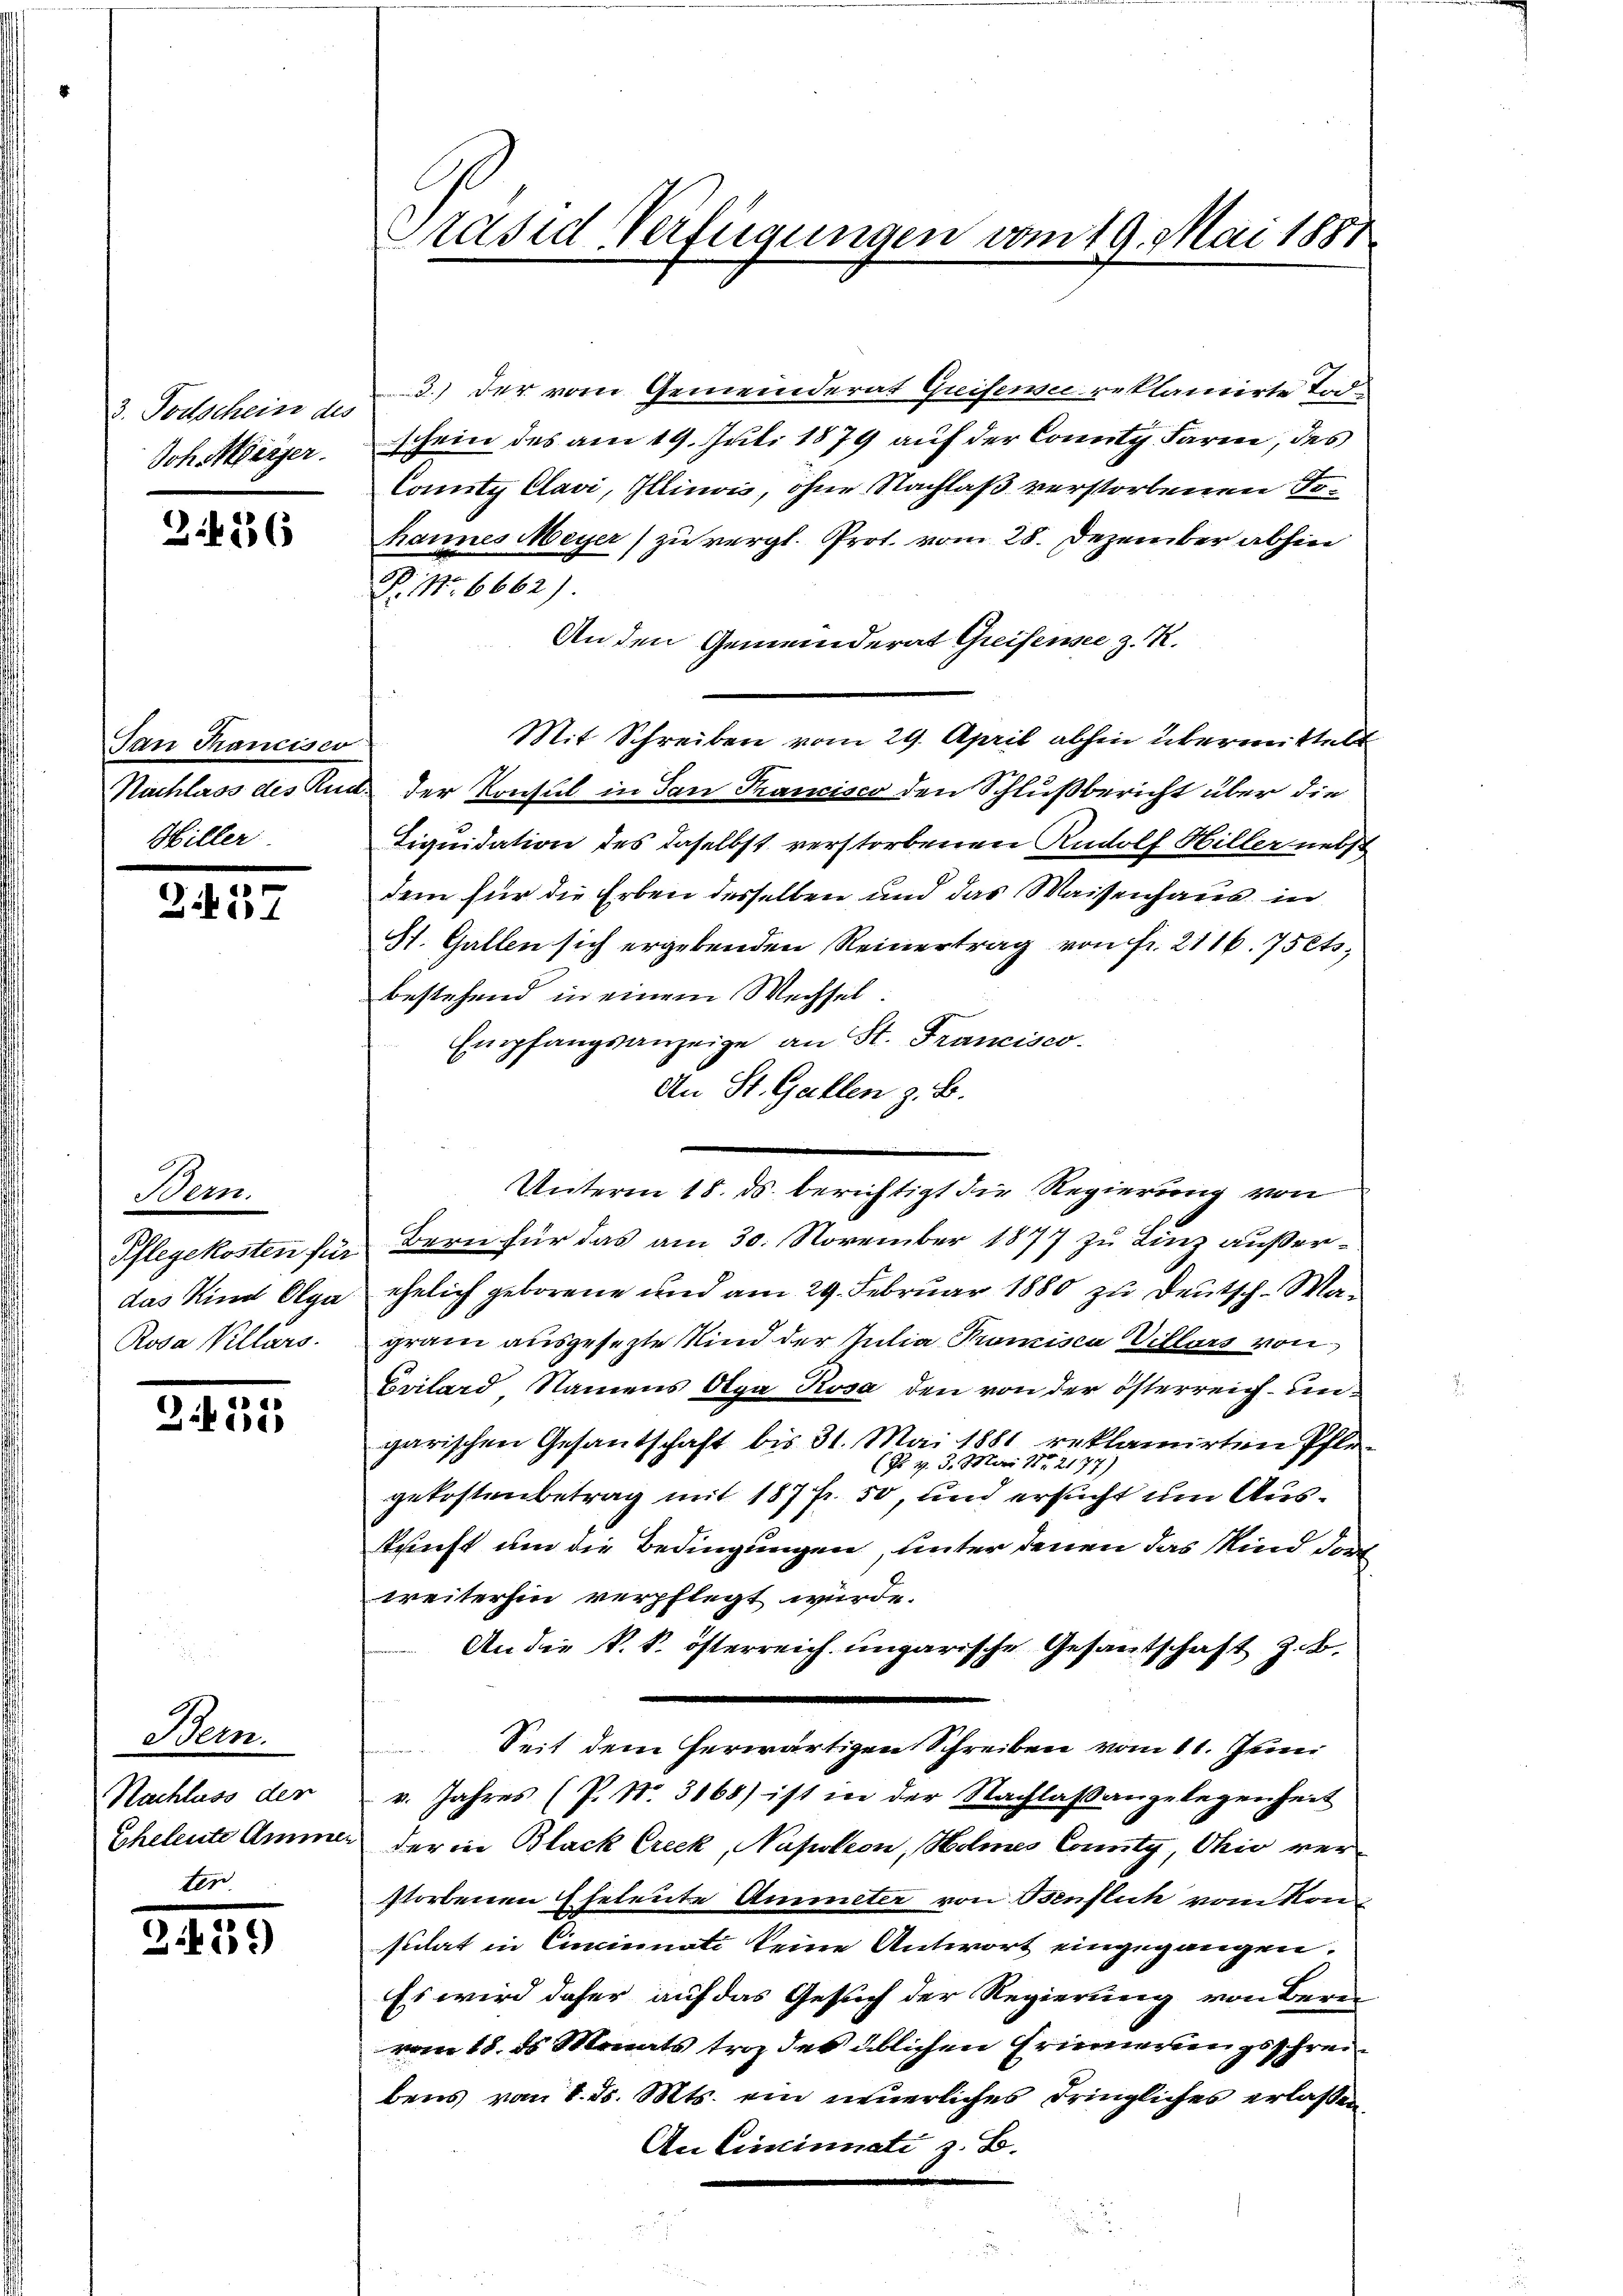
so Parteterie der
Joh Herger.

3.456

Pan Tancisco
Hiller.

.
3.1

Bern.
das Kind Olga
Rosa Kellars.

2.135

Bem.
Nachluss der
Eheleute Ammer

.

Präsid Verfügungen vom 19. Mai 1881

3.) Der vom Gemeinderat Greifensee reklamirte Ind
schein des am 19. Juli 1879 auf der Comit Farm, des
County Clavi, Illinois, ohne Nachlaß verstorbenen Tohannes Meyer) zu vergl. Prof. vom 28. Dezember abhin
P. Nr. 6662)
An den Gemeinderat Greifensee z. R.
Mit Schreiben vom 29. April abhin übermittelt
Nachlass des Rud. der Konsul in den Trancisco den Schlußbericht über die
Liquidation des daselbst verstorbenen Rudolf Hiller nebst
dem für die Erben desselben und das Waisenhaus in
St. Gallen sich ergebenden Reinertrag von Fr. 2116. 75ets.
bestehend in einem Wechsel.
Empfangsanzeige an St. Francisco
An St. Gallen z. B.
Pflegekosten für Bern für das am 30. November 1877 zu Linz außerehelich geborene und am 29. Februar 1880 zu Deutsch-Magram ausgesezte Kind der Julia, Tramisca Villars von
Erilard, Namens Olga Rosa den von der österreich ungarischen Gesantschaft bis 31. Mai 1881 reklamirten Pfle¬
(Pr. v. 3. Mai 187. 2177)
gekostenbetrag mit 187 fr. 50, und ersucht um Auskunft um die Bedingungen, unter denen das Kind doch
weiterhin verpflegt würde.
An die k. k. österreich ungarische Gesandtschaft z. B.
Seit dem herwärtigen Schreiben vom 11. Juni
v. Jahres (P. Nr. 3168) ist in der Nachlaßangelegenheit
der in Black Creck, Napoleon, Holmes County, Ohio verstorbenen Eheleute Amieter von Benflich vom Konsulat in Cincinati keine Antwort eingegangen.
Es wird daher auf das Gesuch der Regierung von Berei
vom 18. ds Monats trag des üblichen Erinnerungsschreibens vom 8. d. Mts. ein neuerliches dringliches erlaßen,
An Cincinnati z. B.

Unterm 18. ds. berichtigt die Regierung von